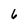
Character: 6